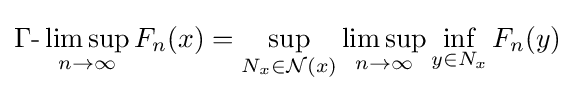
\Gamma {\text{-}}\limsup _{n\to \infty }F_{n}(x)=\sup _{N_{x}\in {\mathcal {N}}(x)}\limsup _{n\to \infty }\inf _{y\in N_{x}}F_{n}(y)